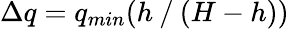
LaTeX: \Delta q=q_{min}(h⁄(H-h))